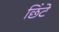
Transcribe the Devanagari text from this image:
छिंटे